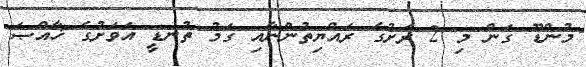
މުންޑޫ ގަން މި 2 ރަށުގެ ރައްޔިތުންނާއި ގަމު ތުނޑީ އަވަށުގެ ޚާއްޞަ